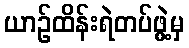
ယာဉ်ထိန်းရဲတပ်ဖွဲ့မှ